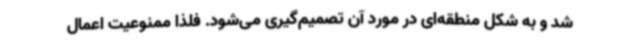
شد و به شکل منطقه‌ای در مورد آن تصمیم‌گیری می‌شود. فلذا ممنوعیت اعمال